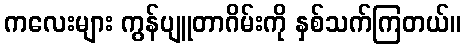
ကလေးများ ကွန်ပျူတာဂိမ်းကို နှစ်သက်ကြတယ်။